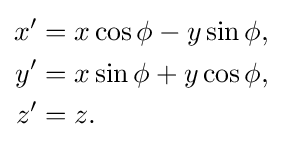
{\begin{aligned}x'&=x\cos \phi -y\sin \phi ,\\y'&=x\sin \phi +y\cos \phi ,\\z'&=z.\end{aligned}}